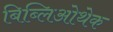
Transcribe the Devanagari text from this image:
बिब्लिओथेक